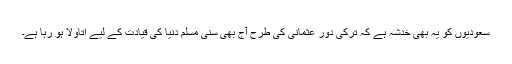
سعودیوں کو یہ بھی خدشہ ہے کہ ترکی دور عثمانی کی طرح آج بھی سنی مسلم دنیا کی قیادت کے لیے اتاؤلا ہو رہا ہے۔